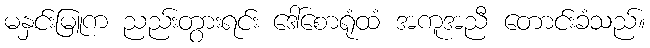
မနှင်းမြူက ညည်းတွားရင်း ဒေါ်စောရုံထံ အကူအညီ တောင်းခံသည်။